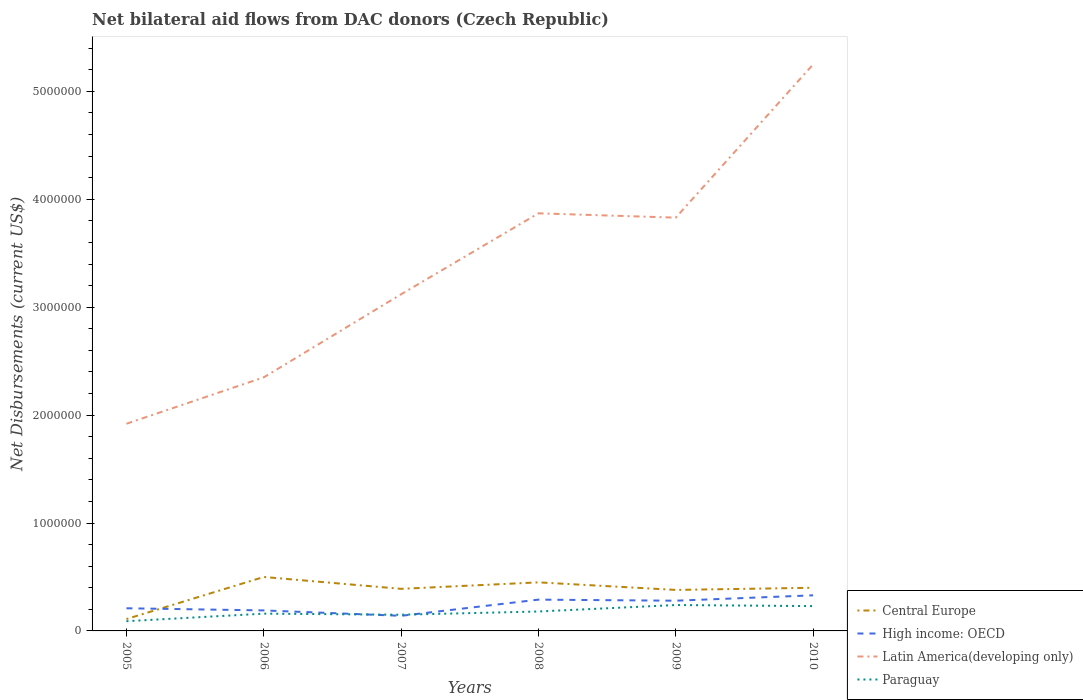
| Years | Central Europe | High income: OECD | Latin America(developing only) | Paraguay |
 | --- | --- | --- | --- | --- |
 | 2005 | 1.1e+05 | 2.1e+05 | 1.92e+06 | 9e+04 |
 | 2006 | 5e+05 | 1.9e+05 | 2.35e+06 | 1.6e+05 |
 | 2007 | 3.9e+05 | 1.4e+05 | 3.12e+06 | 1.5e+05 |
 | 2008 | 4.5e+05 | 2.9e+05 | 3.87e+06 | 1.8e+05 |
 | 2009 | 3.8e+05 | 2.8e+05 | 3.83e+06 | 2.4e+05 |
 | 2010 | 4e+05 | 3.3e+05 | 5.25e+06 | 2.3e+05 |